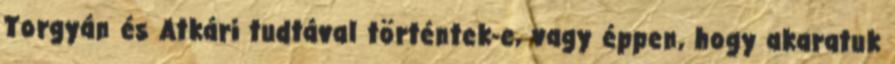
Torgyán és Atkári tudtával történtek-e, vagy éppen, hogy akaratuk